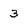
Character: 3